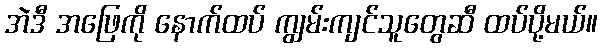
အဲဒီ အဖြေကို နောက်ထပ် ကျွမ်းကျင်သူတွေဆီ ထပ်ပို့မယ်။